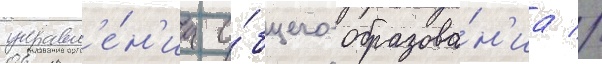
управл'е́н'иа о́бщего образова́н'иа //